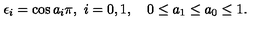
\epsilon _ { i } = \cos a _ { i } \pi , \ i = 0 , 1 , \quad 0 \le a _ { 1 } \le a _ { 0 } \le 1 .